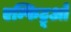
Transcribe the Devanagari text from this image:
एम्फिट्रूओ